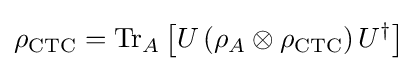
\rho _{\text{CTC}}={\text{Tr}}_{A}\left[U\left(\rho _{A}\otimes \rho _{\text{CTC}}\right)U^{\dagger }\right]